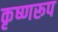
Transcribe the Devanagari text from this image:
कृष्णरूप